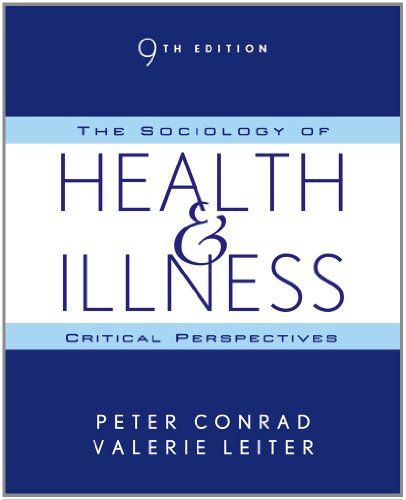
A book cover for The Sociology of Health and Illness: Critical Perspectives; Peter Conrad; Politics & Social Sciences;